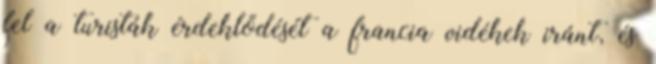
fel a turisták érdeklődését a francia vidékek iránt, és